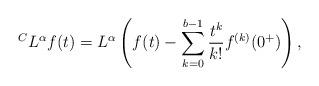
LaTeX: \begin{align*} {}^C L^\alpha f(t) = L^\alpha\left( f(t) - \sum_{k=0}^{b-1}\frac{t^{k}}{k!} f^{(k)}(0^+)\right), \end{align*}